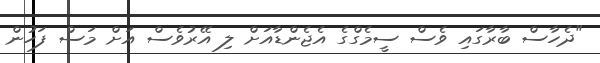
"ދެހާސް ބާރާގައި ވެސް ސީމެގްގެ އެޖެންޑާއަށް ލި އޭރުވެސް އަށް މަސް ފަހުން